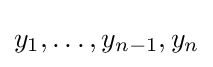
y_{1},\ldots ,y_{n-1},y_{n}